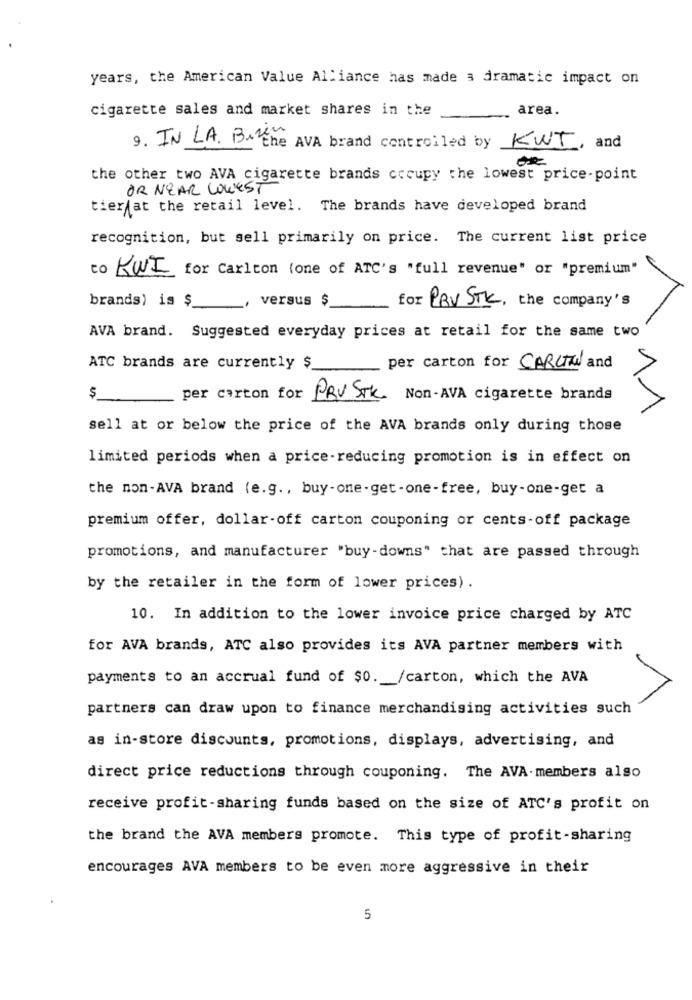
years, the American Value Alliance has made a dramatic impact on
cigarette sales and market shares in the
area.
9. IN LA. Bizim
the AVA brand controlled by KWT, and
OR
the other two AVA cigarette brands cccupy the lowest price-point
OR NEAR WOWEST
tier/at the retail level. The brands have developed brand
recognition, but sell primarily on price. The current list price
to KWI for Carlton (one of ATC's "full revenue" or "premium"
brands) is $
versus $
for PRV STK, the company's
AVA brand. Suggested everyday prices at retail for the same two
ATC brands are currently $
per carton for CARLTON and
$
per carton for
PRV STK. Non-AVA cigarette brands
sell at or below the price of the AVA brands only during those
limited periods when a price-reducing promotion is in effect on
the non-AVA brand (e.g ., buy-one-get-one-free, buy-one-get a
premium offer, dollar-off carton couponing or cents-off package
promotions, and manufacturer "buy-downs" that are passed through
by the retailer in the form of lower prices) .
10. In addition to the lower invoice price charged by ATC
for AVA brands, ATC also provides its AVA partner members with
payments to an accrual fund of $0. /carton, which the AVA
partners can draw upon to finance merchandising activities such
as in-store discounts, promotions, displays, advertising, and
direct price reductions through couponing. The AVA. members also
receive profit-sharing funds based on the size of ATC's profit on
the brand the AVA members promote. This type of profit-sharing
encourages AVA members to be even more aggressive in their
5